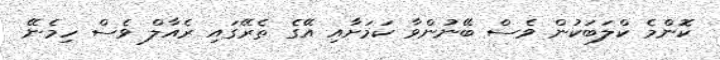
ކޮންމެ ކްލަބަކުން ވެސް ބޭނުންވާ ކަަމަށާއި އޭގެ ތެރޭގައި ރެއާލް ވެސް ހިމެނޭ